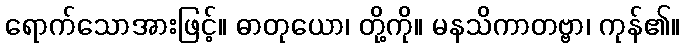
ရောက်သောအားဖြင့်။ ဓာတုယော၊ တို့ကို။ မနသိကာတဗ္ဗာ၊ ကုန်၏။